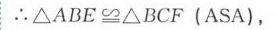
\(\therefore\triangle ABE\cong\triangle BCF\ (\text{ASA})\)，